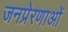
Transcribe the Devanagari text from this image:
जनप्रेरणाओं